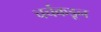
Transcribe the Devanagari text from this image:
चर्चकडून